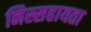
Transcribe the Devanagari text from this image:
निस्सहायता